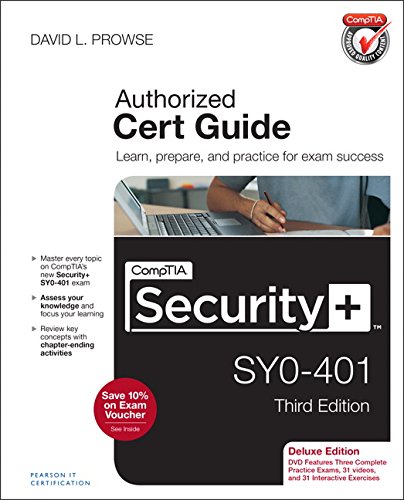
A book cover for CompTIA Security+ SY0-401 Cert Guide, Deluxe Edition (3rd Edition); David L. Prowse; Computers & Technology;